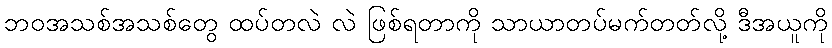
ဘဝအသစ်အသစ်တွေ ထပ်တလဲ လဲ ဖြစ်ရတာကို သာယာတပ်မက်တတ်လို့ ဒီအယူကို